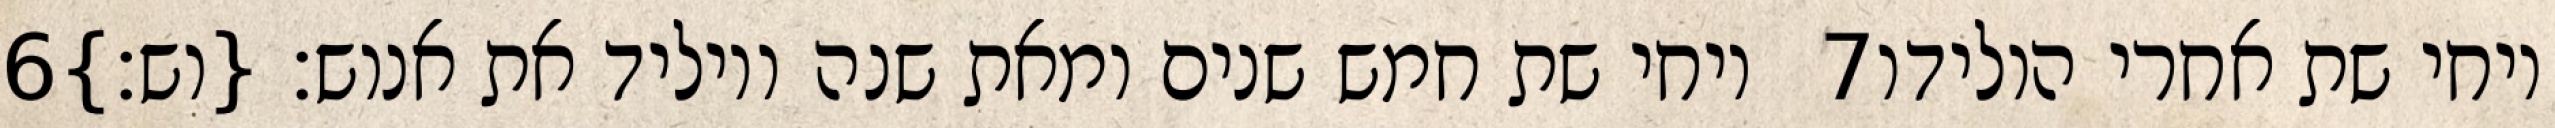
‎6‏ ויחי שת חמש שנים ומאת שנה ויוליד את אנוש׃ {וש׃} ‎7‏ ויחי שת אחרי הולידו